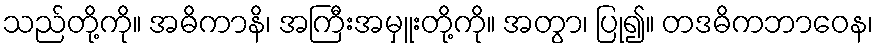
သည်တို့ကို။ အဓိကာနိ၊ အကြီးအမှူးတို့ကို။ အတွာ၊ ပြု၍။ တဒဓိကဘာဝေန၊